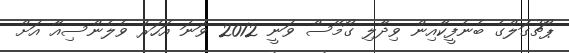
ޕޯޗުގަލްގެ ބެނެފީކާއިން ވިދާލި ގޯމޭސް ވަނީ 2012 ވަނަ އަހަރު ވެލެންސިއާ އަށް